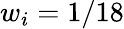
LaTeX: w_{i}=1/18